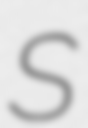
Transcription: S